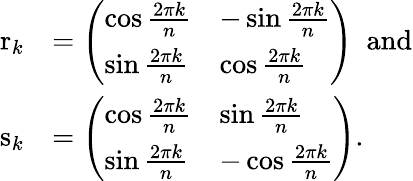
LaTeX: {\begin{array}{rl}{\mathrm{r}_{k}}&{={\left(\begin{array}{ll}{\cos{\frac{2\pi k}{n}}}&{-\sin{\frac{2\pi k}{n}}}\\ {\sin{\frac{2\pi k}{n}}}&{\cos{\frac{2\pi k}{n}}}\end{array}\right)}\ \ {\mathrm{and}}}\\ {\mathrm{s}_{k}}&{={\left(\begin{array}{ll}{\cos{\frac{2\pi k}{n}}}&{\sin{\frac{2\pi k}{n}}}\\ {\sin{\frac{2\pi k}{n}}}&{-\cos{\frac{2\pi k}{n}}}\end{array}\right)}.}\end{array}}